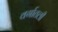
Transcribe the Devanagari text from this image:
वर्गातली